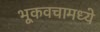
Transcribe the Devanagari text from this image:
भूकवचामध्ये